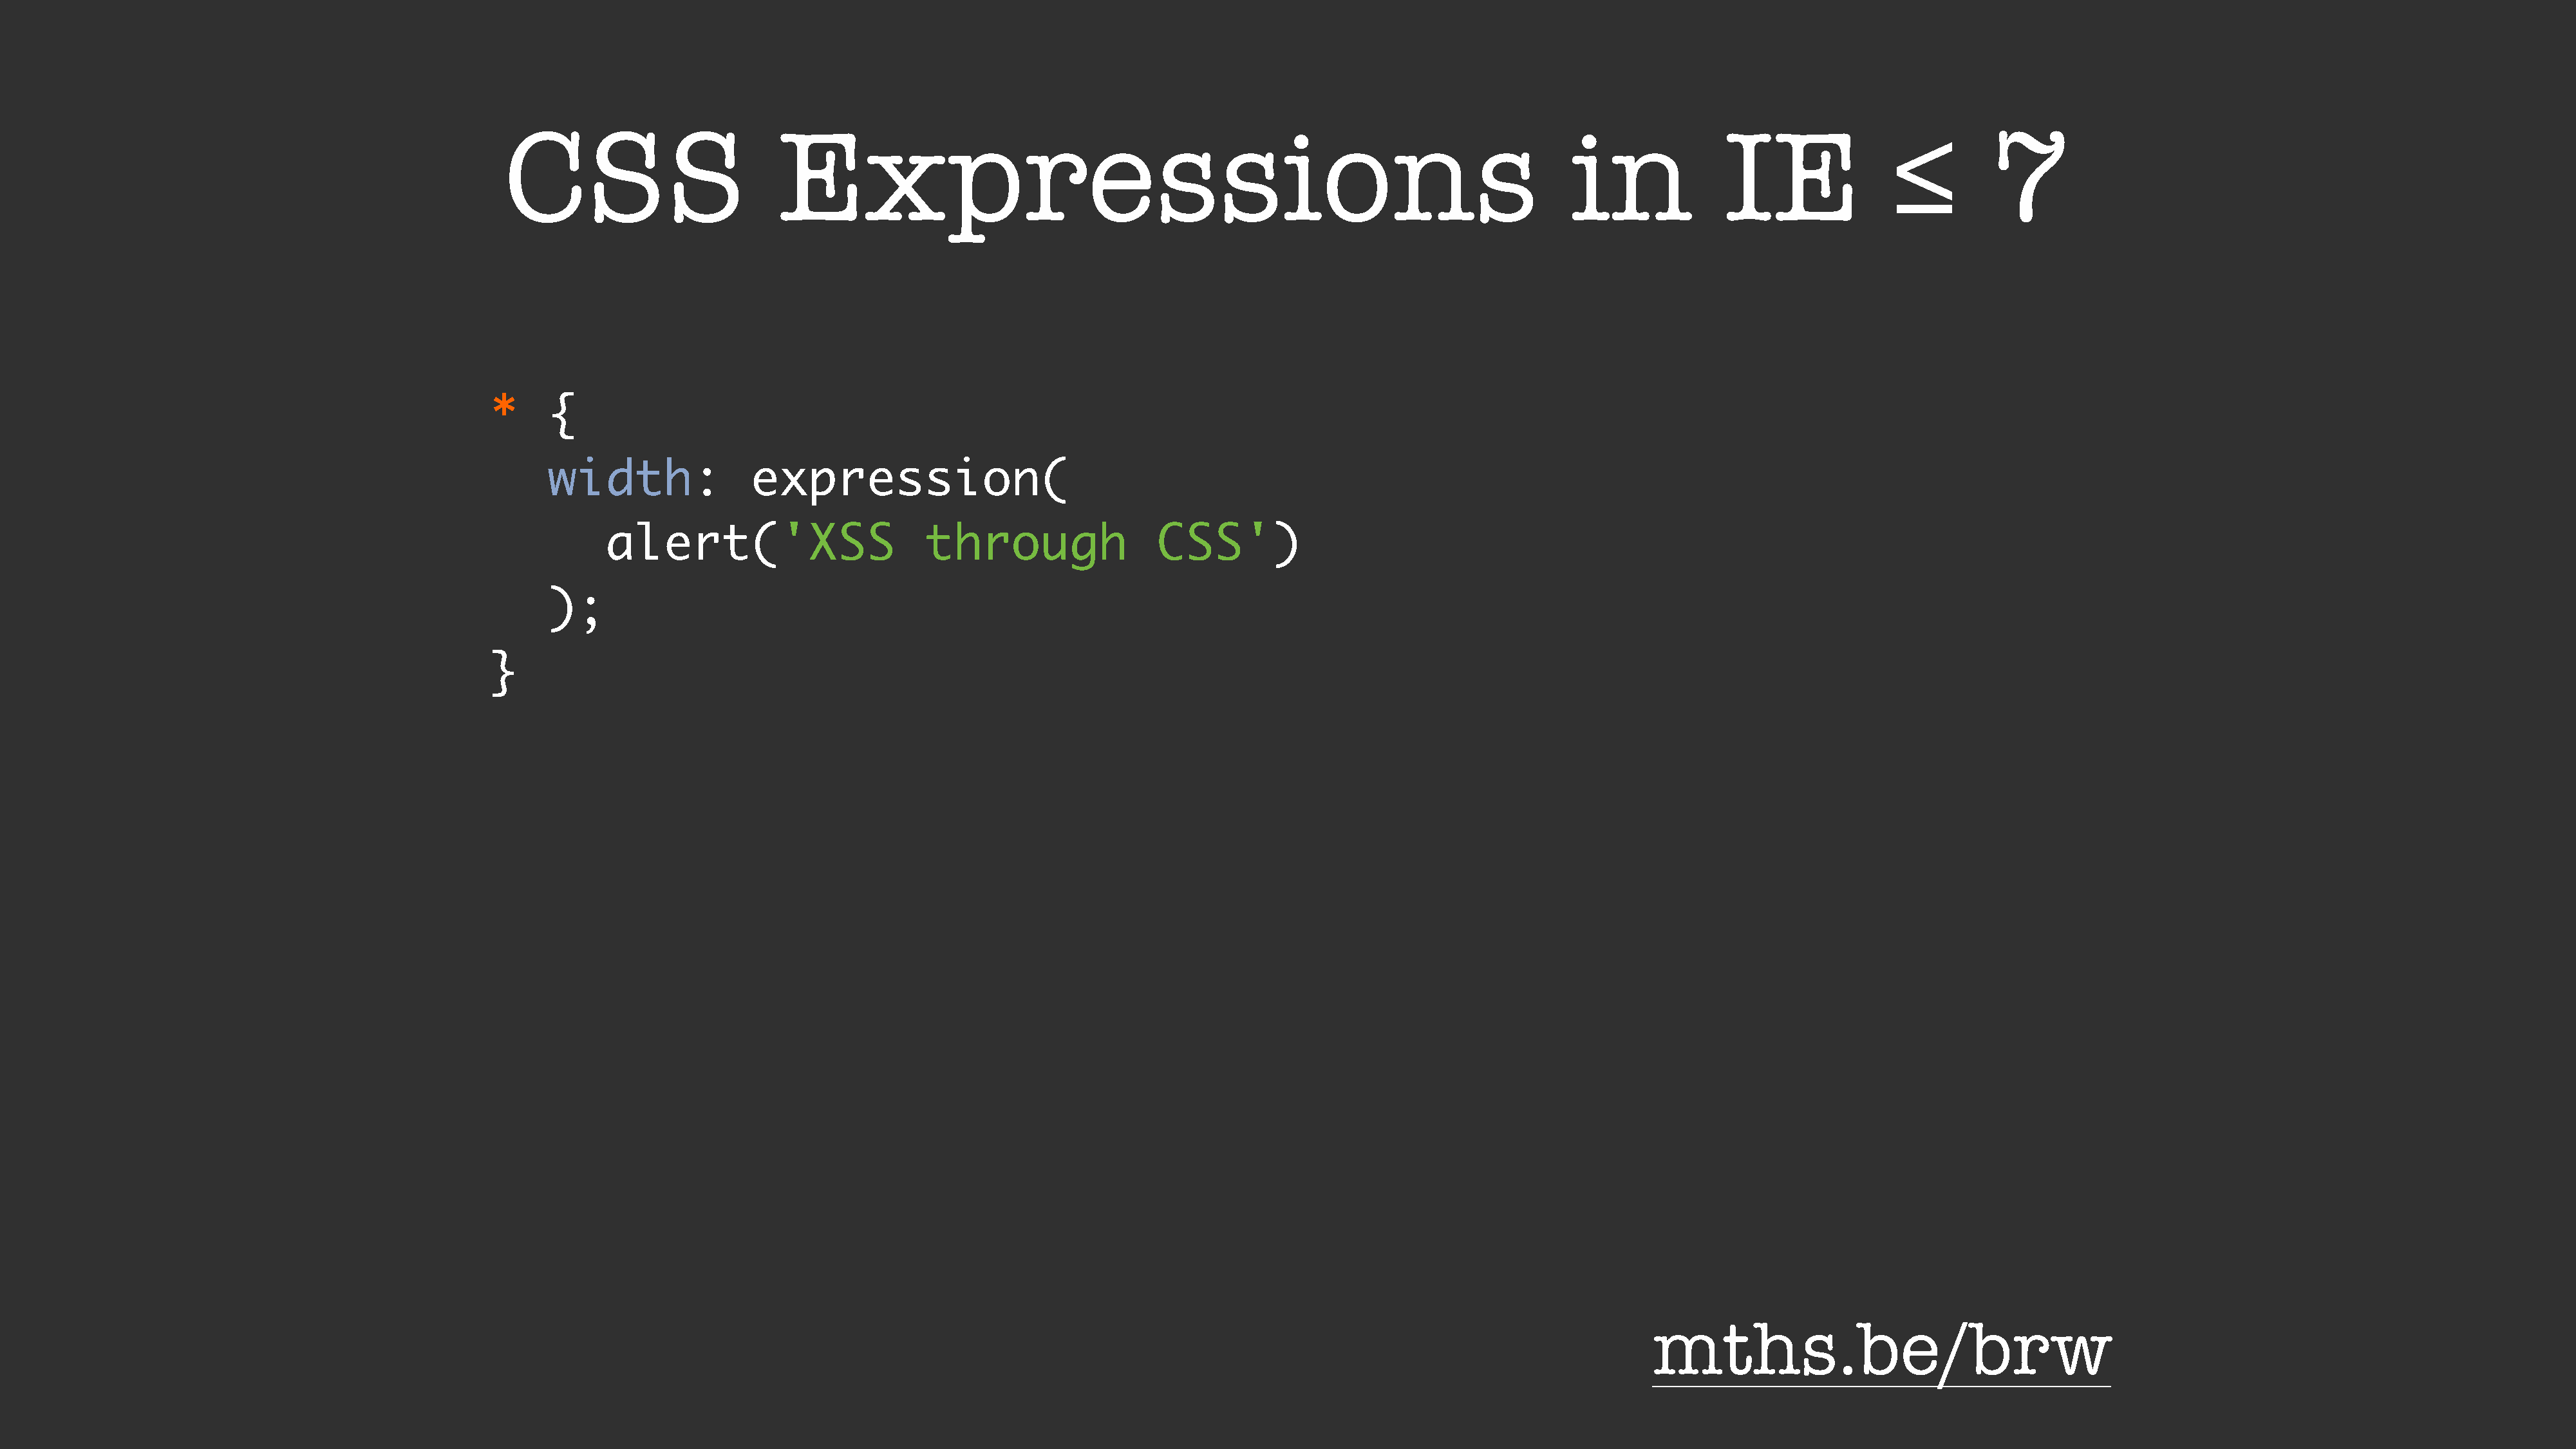
CSS                         Expressions                                                                      in              IE                ≤        7
 *     {
 width:               expression(
 alert('XSS                       through                 CSS')
 );
 }
 mths.be/brw